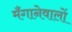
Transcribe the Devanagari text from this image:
मँगानेवालों